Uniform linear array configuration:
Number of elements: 32
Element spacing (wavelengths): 0.5
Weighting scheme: hamming
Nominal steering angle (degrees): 0
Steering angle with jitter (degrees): -1.338
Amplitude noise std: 0.05
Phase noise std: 0.05

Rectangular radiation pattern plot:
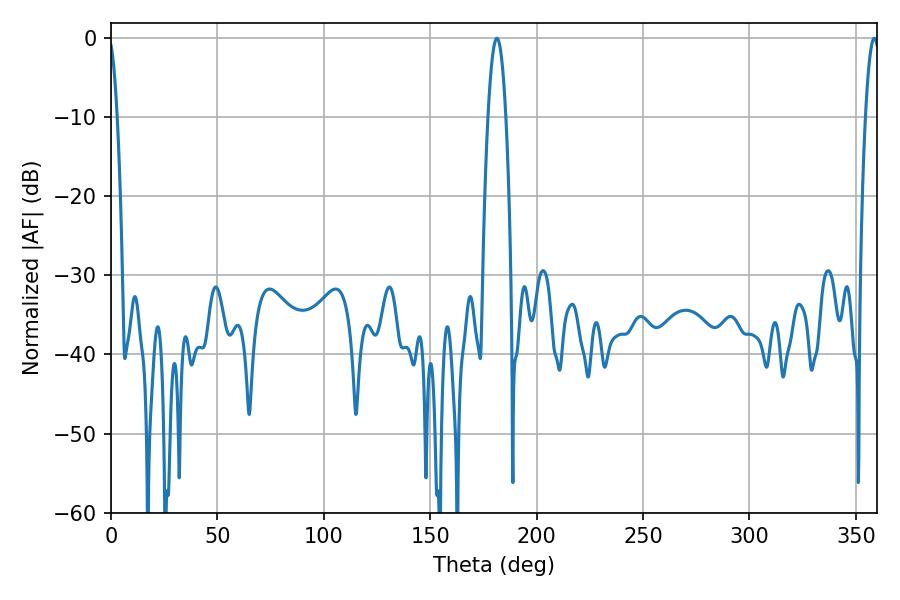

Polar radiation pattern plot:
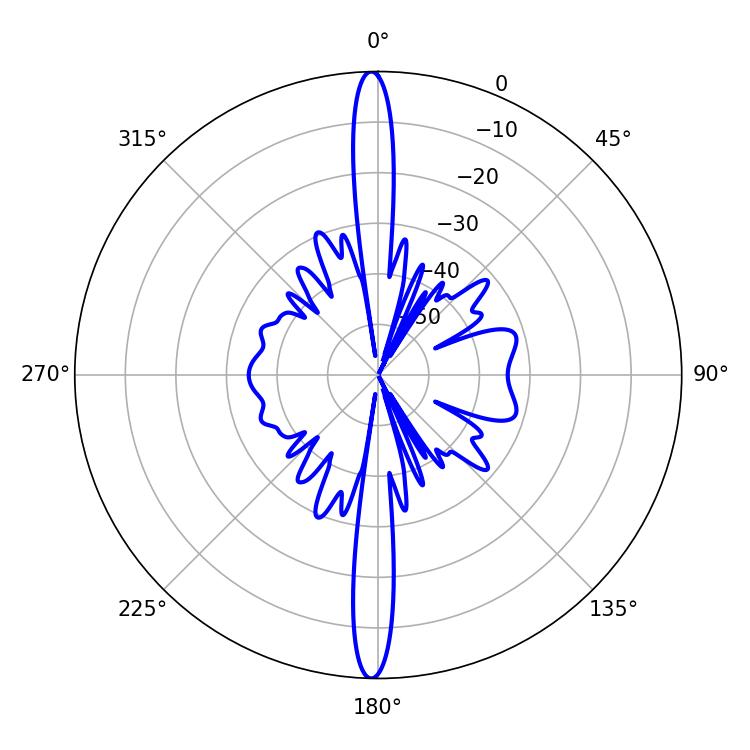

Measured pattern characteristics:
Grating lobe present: FALSE
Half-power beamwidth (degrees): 4.5
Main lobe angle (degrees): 181.26